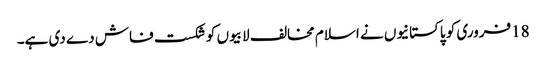
18فروری کو پاکستانیوں نے اسلام مخالف لابیوں کو شکست فاش دے دی ہے۔